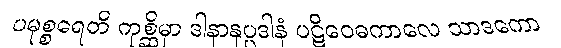
ပမုစ္စရေတိ ကုစ္ဆိမှာ ဒါနာနုပ္ပဒါနံ ပဋိဝေဓကာလေ သာဒကော